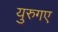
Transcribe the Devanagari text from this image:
युरुगए